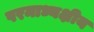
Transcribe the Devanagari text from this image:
परमाध्यक्षीय